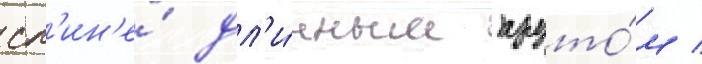
сп'ин'е́ дл'и́нным пруто́м /